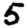
Digit: 5